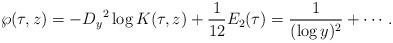
LaTeX: \begin{align*}\wp(\tau,z)=-{D_y}^2\log K(\tau,z)+\frac{1}{12}E_2(\tau)=\frac{1}{(\log y)^2}+\cdots\,.\end{align*}